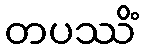
တပဿိံ